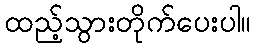
ထည့်သွားတိုက်ပေးပါ။